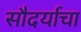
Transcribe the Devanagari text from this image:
सौदर्याचा